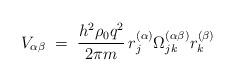
LaTeX: \begin{align*}V_{\alpha\beta}\;=\; \frac{h^2\rho_0 q^2}{2 \pi m}\, r_j^{(\alpha)} \Omega^{(\alpha\beta)}_{jk} r_k^{(\beta)}\end{align*}